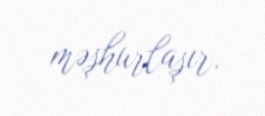
məşhurlaşır.